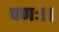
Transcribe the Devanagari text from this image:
पणः।।